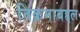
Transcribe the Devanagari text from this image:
विक्रमाबद्दल